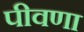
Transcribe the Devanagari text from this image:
पीवणा